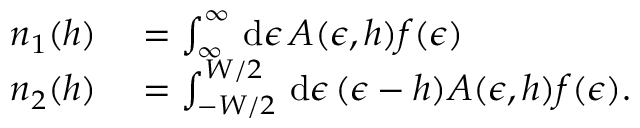
\begin{array} { r l } { n _ { 1 } ( h ) } & { { } = \int _ { \infty } ^ { \infty } \mathop { } \mathrm { d } \epsilon \, A ( \epsilon , h ) f ( \epsilon ) } \\ { n _ { 2 } ( h ) } & { { } = \int _ { - W / 2 } ^ { W / 2 } \mathop { } \mathrm { d } \epsilon \, ( \epsilon - h ) A ( \epsilon , h ) f ( \epsilon ) . } \end{array}